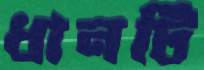
ধানটি